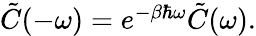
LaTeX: \begin{array}{r}{\tilde{C}(-\omega)=e^{-\beta\hbar\omega}\tilde{C}(\omega).}\end{array}